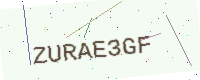
Text: ZURAE3GF